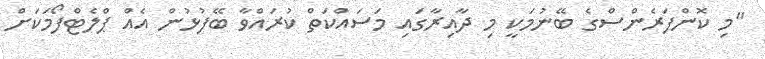
"މި ކޮންފަރެންސްގެ ބޭނުމަކީ މި ދާއިރާގައި މަސައްކަތް ކުރައްވާ ބޭފުޅުން އެއް ޕްލެޓްފޯމަކަށް